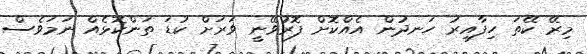
މިރޭ ކޭތަ ހިފާއިރު ހަނދުން އެއްކޮށް ފޮރުވޭނީ ވަރަށް ކުޑަ ތަންކޮޅެއް ނަމަވެސް